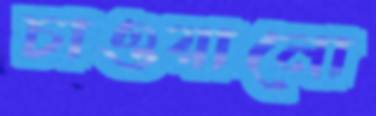
চাওয়ানো